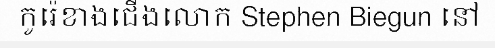
កូរ៉េខាងជើងលោក Stephen Biegun នៅ